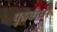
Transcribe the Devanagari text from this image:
पृश्रवीधर